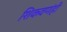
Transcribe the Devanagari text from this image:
शिकवणंही